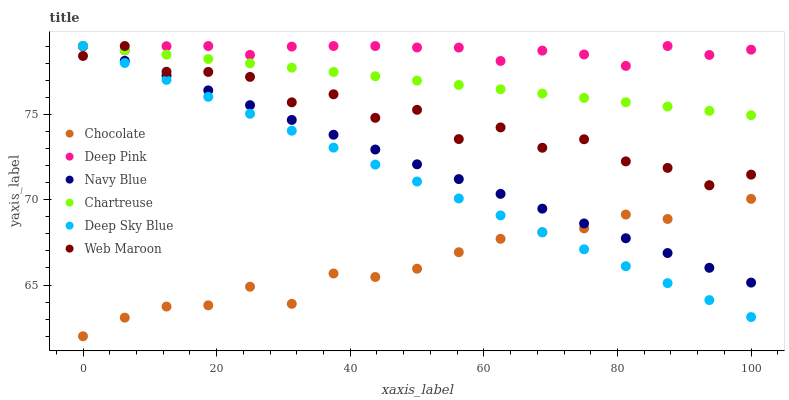
| xaxis_label | Chocolate | Deep Pink | Navy Blue | Chartreuse | Deep Sky Blue | Web Maroon |
 | --- | --- | --- | --- | --- | --- | --- |
 | 0 | 62 | 79 | 79 | 79 | 79 | 78.4 |
 | 6.25 | 63.1 | 78.7 | 78.1 | 78.7 | 78 | 79 |
 | 12.5 | 63.7 | 79 | 77.3 | 78.5 | 77 | 77.5 |
 | 18.8 | 63.8 | 79 | 76.4 | 78.2 | 76 | 77.5 |
 | 25 | 64.9 | 78.5 | 75.5 | 78 | 75 | 77.2 |
 | 31.2 | 63.9 | 79 | 74.7 | 77.7 | 74 | 75.7 |
 | 37.5 | 65.7 | 79 | 73.8 | 77.5 | 73 | 76.2 |
 | 43.8 | 65.5 | 79 | 72.9 | 77.2 | 72.1 | 74.8 |
 | 50 | 66 | 78.9 | 72.1 | 77 | 71.1 | 75.3 |
 | 56.2 | 66.9 | 78.9 | 71.2 | 76.7 | 70.1 | 73.5 |
 | 62.5 | 67.7 | 78.1 | 70.3 | 76.5 | 69.1 | 74.2 |
 | 68.8 | 68.1 | 78.7 | 69.5 | 76.2 | 68.1 | 73 |
 | 75 | 68.3 | 78.5 | 68.6 | 76 | 67.1 | 73.5 |
 | 81.2 | 69.1 | 77.8 | 67.7 | 75.7 | 66.1 | 72.2 |
 | 87.5 | 68.9 | 79 | 66.9 | 75.5 | 65.1 | 71.9 |
 | 93.8 | 70.8 | 78.5 | 66 | 75.2 | 64.1 | 70.8 |
 | 100 | 70 | 78.8 | 65.1 | 74.9 | 63.1 | 71.5 |